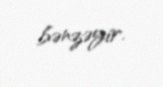
bənzəyir.